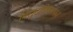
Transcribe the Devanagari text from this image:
विद्युदधिष्ठापन